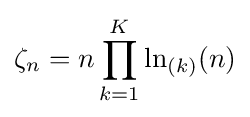
\zeta _{n}=n\prod _{k=1}^{K}\ln _{(k)}(n)